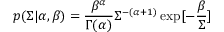
p ( \Sigma | \alpha , \beta ) = \frac { \beta ^ { \alpha } } { \Gamma ( \alpha ) } \Sigma ^ { - ( \alpha + 1 ) } \exp [ - \frac { \beta } { \Sigma } ]